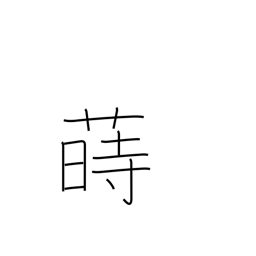
Meaning: sow (seeds)